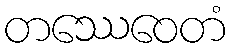
တဿေဝေတံ